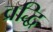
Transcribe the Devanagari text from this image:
व्रद्धि